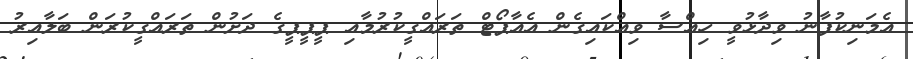
އެމަނިކުފާނު ވިދާޅުވީ ހިއްސާ ވިއްކައިގެން އެއާޕޯޓް ތަރައްގީކުރުމާއި ޕީޕީޕީގެ ދަށުން ތަރައްގީކުރަން ބަލާއިރު